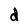
Character: d